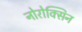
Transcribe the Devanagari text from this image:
नोरोक्सिन